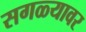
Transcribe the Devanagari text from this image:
सगळ्यावर